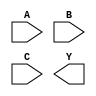
module complex_logic_gate (
    input wire A,
    input wire B,
    input wire C,
    output wire Y
);

wire not_C;
wire and_result;
wire or_result;

not not_gate (
    .a(C),
    .y(not_C)
);

and gate (
    .a(A),
    .b(B),
    .y(and_result)
);

or gate (
    .a(and_result),
    .b(not_C),
    .y(or_result)
);

assign Y = or_result;

endmodule